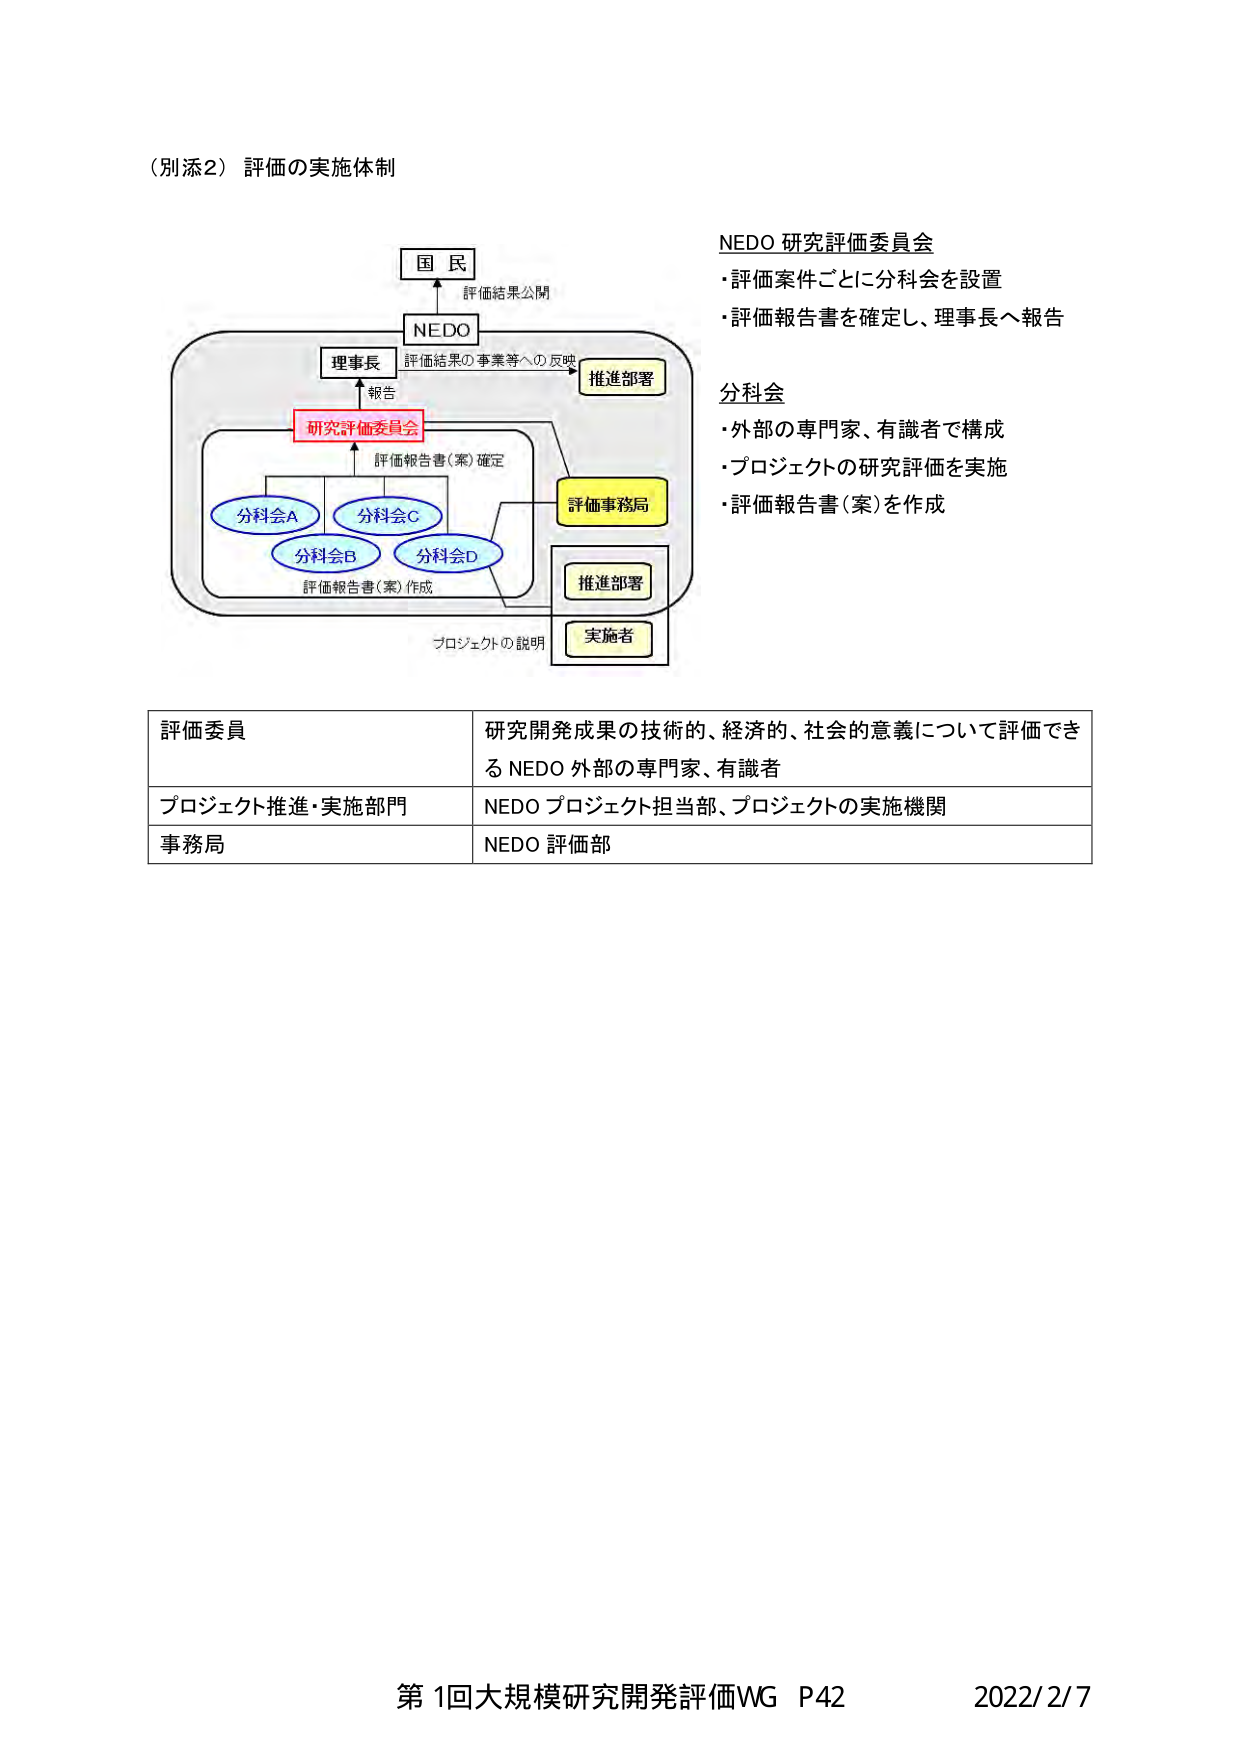
（別添2）評価の実施体制

国民
評価結果公開

NEDO
評価結果の事業等への反映

理事長
報告

研究評価委員会
評価報告書（案）確定

分科会A
分科会C
分科会B
分科会D
評価報告書（案）作成

推進部署

評価事務局

推進部署

実施者

プロジェクトの説明

NEDO 研究評価委員会
・評価案件ごとに分科会を設置
・評価報告書を確定し、理事長へ報告

分科会
・外部の専門家、有識者で構成
・プロジェクトの研究評価を実施
・評価報告書（案）を作成

評価委員
研究開発成果の技術的、経済的、社会的意義について評価できる NEDO 外部の専門家、有識者

プロジェクト推進・実施部門
NEDO プロジェクト担当部、プロジェクトの実施機関

事務局
NEDO 評価部

第1回大規模研究開発評価WG P42 2022/2/7